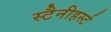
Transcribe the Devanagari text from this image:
स्टैनीहर्स्ट